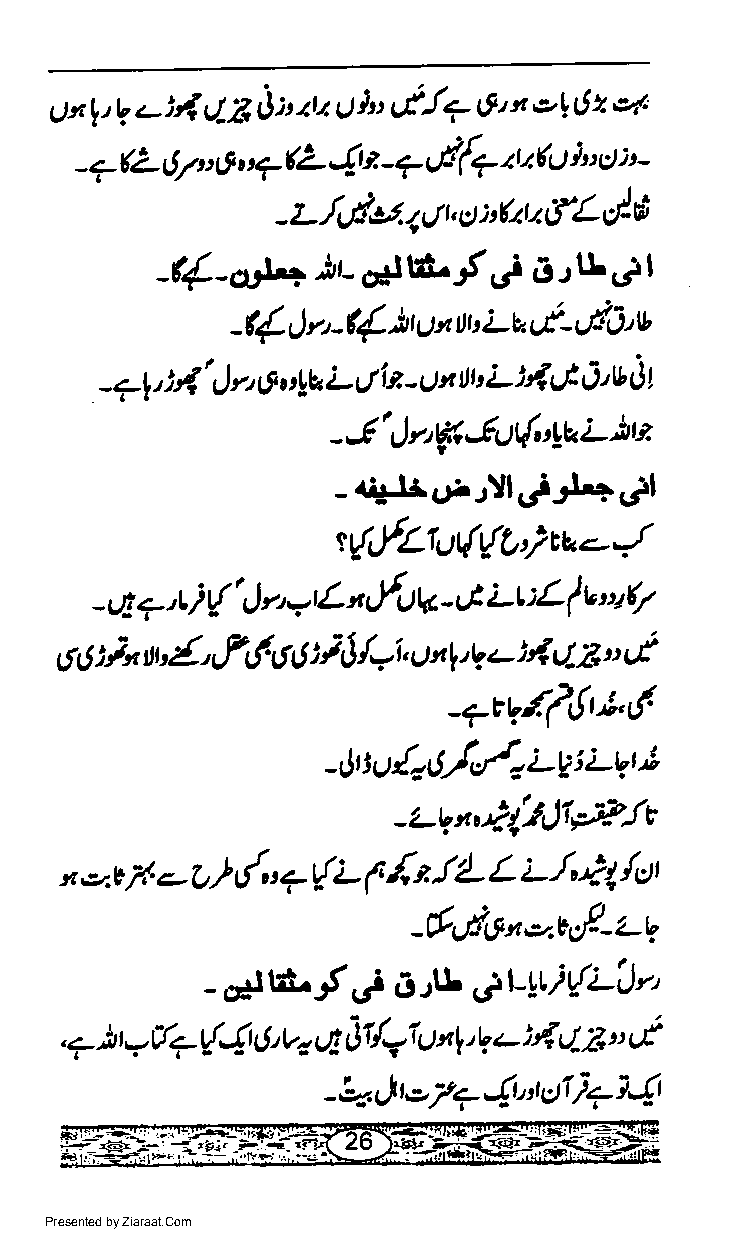
Uxt(l a it{ 42 O7 au g }o uiJa 6' t,>l 6 2 er''
 - 7(L t!7 u O, t7 (L 4 t - ? el{? 4,, fu i " u' -
 - z.l,.du. 4t n ct :,Qt.t 6i'L,/6
 j.i.r [.J
 )t- dtl . f
 _{.-orJ,,+                       I
 -t{,) rr -({ ) U', ttt' Lb. €- LIA' v
 -71) 4' J r, 6t \v L Nlit - u't ttbL )4 G J'v At
 -J'it'fiJu$\vL)rz
 J.+slt
 -.iJ3.rJrJll.,i
 I
 t {,-fLt,.l{r{C'} tu -
 - tJt 7,t / t{' t) r^rt L n,-ftlv - rt ;-t :L f v u t7
 g 6 ix u'{' tF6 6 tfi; J /,<i, tJ 4 tt'VL ) t^/- 2i', d
 _7tv.,{.fi!u!,i.
 ;
 {- o/,,/- i-u i ;-u
 - Jt t u            r
 JE
 -LVn,.'2-l'AJlprb-
 il
 x o,E /. - o ) du 7 { L I d L L ;- /".i- t lct t
 -rt,ig"'.v,f-z-V
 j
 t
 -.dltd      ;e.,rL SLYui{LJr'
 t        €
 ,.- I -V?{4  6,uo,4 it /=i u nt, 4 4 2.
 t                               "
 "t
 -Q,JtoZ.-Jtntctti+14
 Presented by Ziaraat.Com